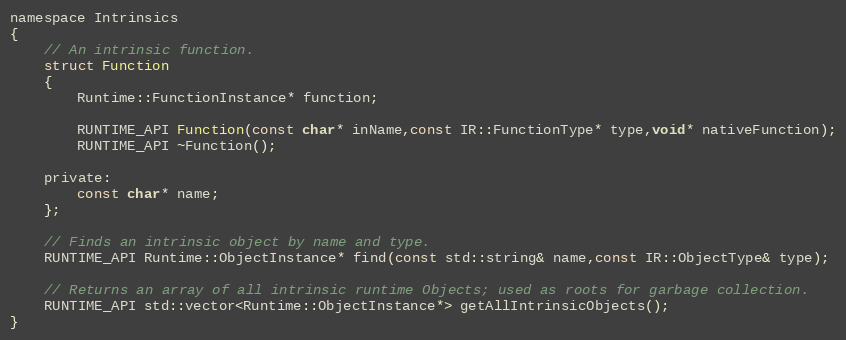
Language: C
namespace Intrinsics
{
	// An intrinsic function.
	struct Function
	{
		Runtime::FunctionInstance* function;

		RUNTIME_API Function(const char* inName,const IR::FunctionType* type,void* nativeFunction);
		RUNTIME_API ~Function();

	private:
		const char* name;
	};

	// Finds an intrinsic object by name and type.
	RUNTIME_API Runtime::ObjectInstance* find(const std::string& name,const IR::ObjectType& type);

	// Returns an array of all intrinsic runtime Objects; used as roots for garbage collection.
	RUNTIME_API std::vector<Runtime::ObjectInstance*> getAllIntrinsicObjects();
}